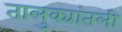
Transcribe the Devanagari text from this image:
तालुक्यांतली